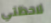
لاحظتي